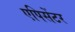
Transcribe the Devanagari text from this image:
एपिसेंटर